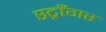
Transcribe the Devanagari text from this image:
स्ट्राँगर